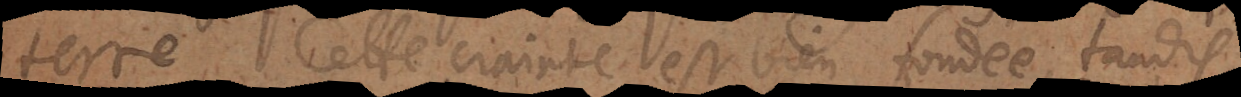
terre. Cette crainte est bien fondée, tandis